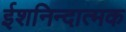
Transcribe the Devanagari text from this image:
ईशनिन्दात्मक